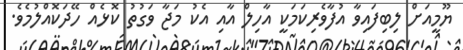
ޔޫމީއަށް ލިބިފައިވާ އުފާވެރިކަމަކީ އާހިލް އާއި އެކު މަޖާ ވަގުތު ކޮޅެއް ހޭދަކޮއްލުމެވެ.